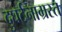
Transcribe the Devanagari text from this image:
दुघर्टनाग्रस्त